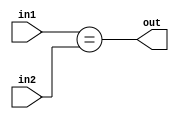
module equal(in1, in2, out);
	
	output out;
	input [15:0] in1, in2;
	
	assign out = (in1==in2);
	
endmodule